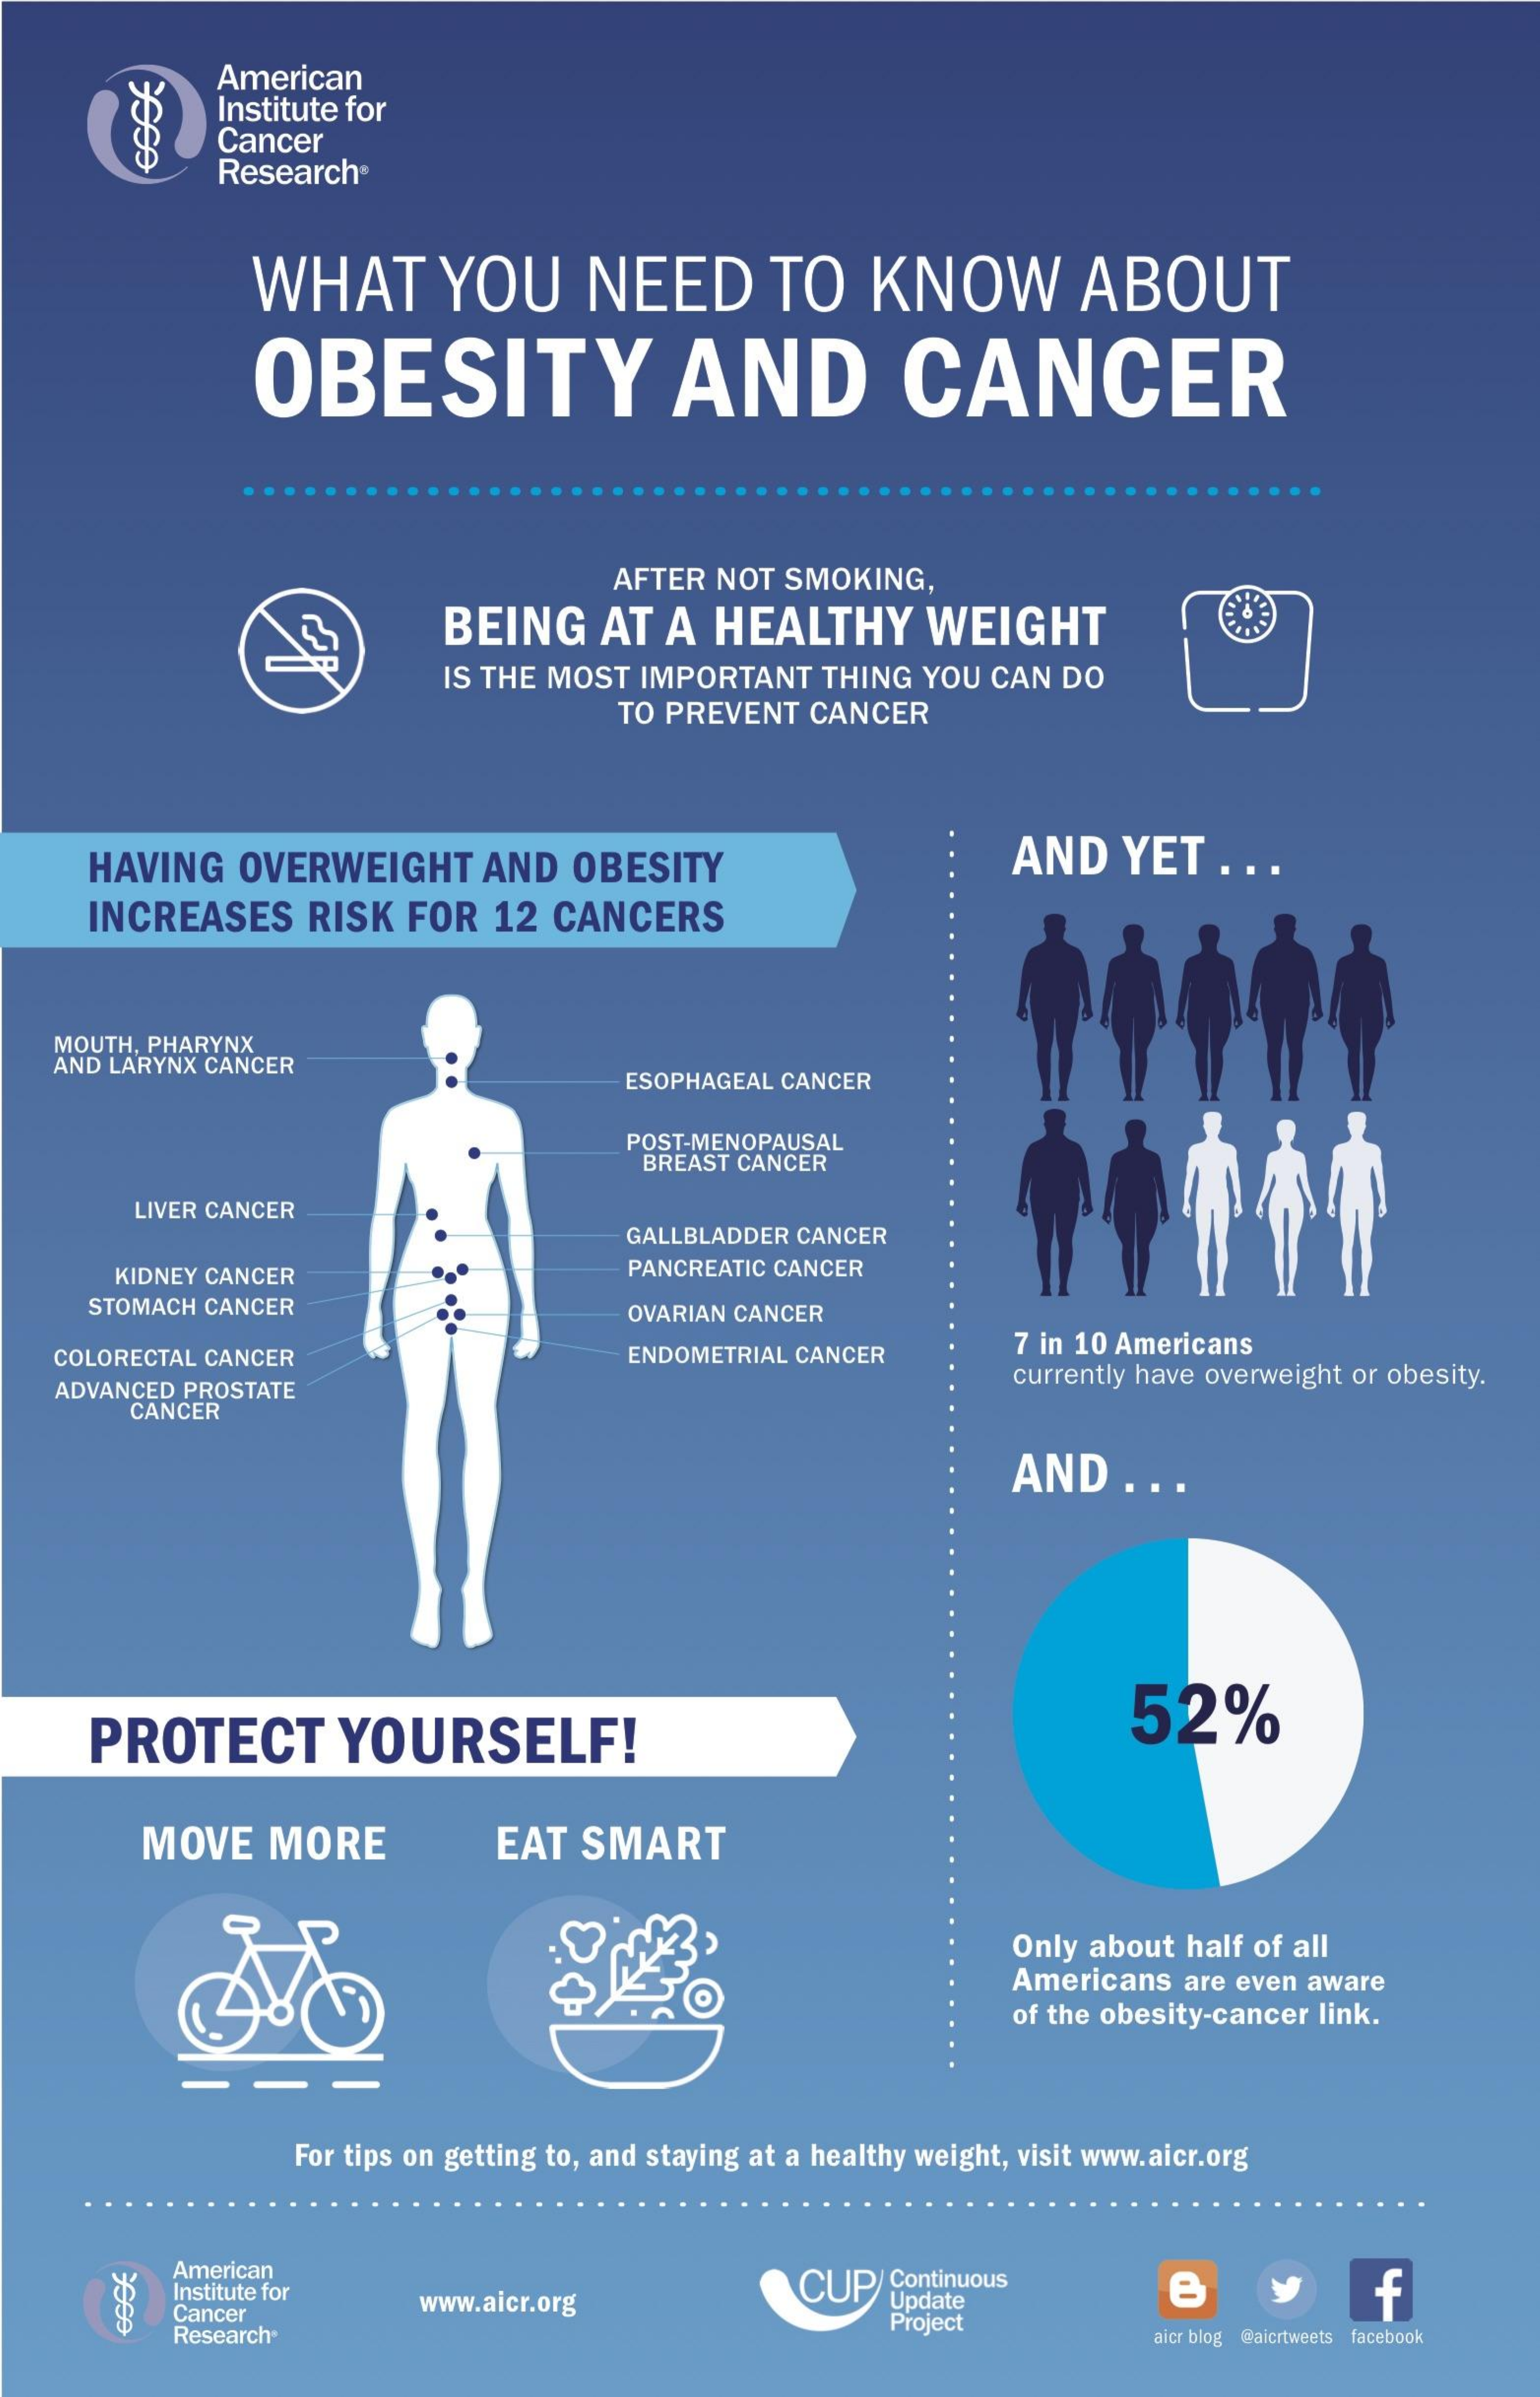
American
     Institute for
     Cancer
     Research®
     WHAT    YOU    NEED    TO    KNOW    ABOUT
     OBESITY    AND    CANCER
     AFTER NOT  SMOKING,
     BEING    AT   A  HEALTHY    WEIGHT
     IS THE MOST  IMPORTANT   THING  YOU CAN  DO
     TO PREVENT  CANCER
     HAVING    OVERWEIGHT    AND   OBESITY    AND    YET   . ..
     INCREASES    RISK   FOR  12  CANCERS
    MOUTH, PHARYNX
    AND LARYNX CANCER
     ESOPHAGEAL CANCER
     POST-MENOPAUSAL
     BREAST CANCER
     LIVER CANCER
     GALLBLADDER CANCER
     KIDNEY CANCER    PANCREATIC CANCER
     STOMACH CANCER    OVARIAN CANCER
    COLORECTAL CANCER    ENDOMETRIAL CANCER    7 in 10 Americans
    ADVANCED PROSTATE
     currently have overweight or obesity.
     CANCER
     AND    ...
     PROTECT    YOURSELF!    52%
     MOVE   MORE    EAT  SMART
     Only about half of all
     O
     Americans  are even aware
     of the obesity-cancer link.
     For tips on getting to, and staying at a healthy weight, visit www.aicr.org
     American
     Institute for
     www.aicr.org
     CUP   Continuous    y    f
     Cancer
     Update
     Research
     Project
     aicr blog @aicrtweets facebook